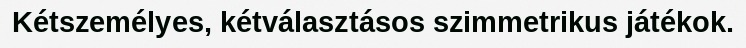
Kétszemélyes, kétválasztásos szimmetrikus játékok.